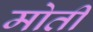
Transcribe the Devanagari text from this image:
मोतीं